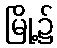
မြို့၌